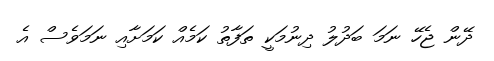
ދޭން ޖެހޭ ނަމަ ބަދުލު ދިނުމަކީ ތަފާތު ކަމެއް ކަމަށާއި ނަމަވެސް އެ